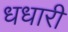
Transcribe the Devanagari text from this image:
धधारी